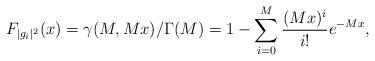
LaTeX: \begin{align*} F_{|g_i|^2}(x)=\gamma(M,Mx)/\Gamma(M) =1-\sum_{i=0}^M\frac{(Mx)^i}{i!}e^{-Mx},\end{align*}